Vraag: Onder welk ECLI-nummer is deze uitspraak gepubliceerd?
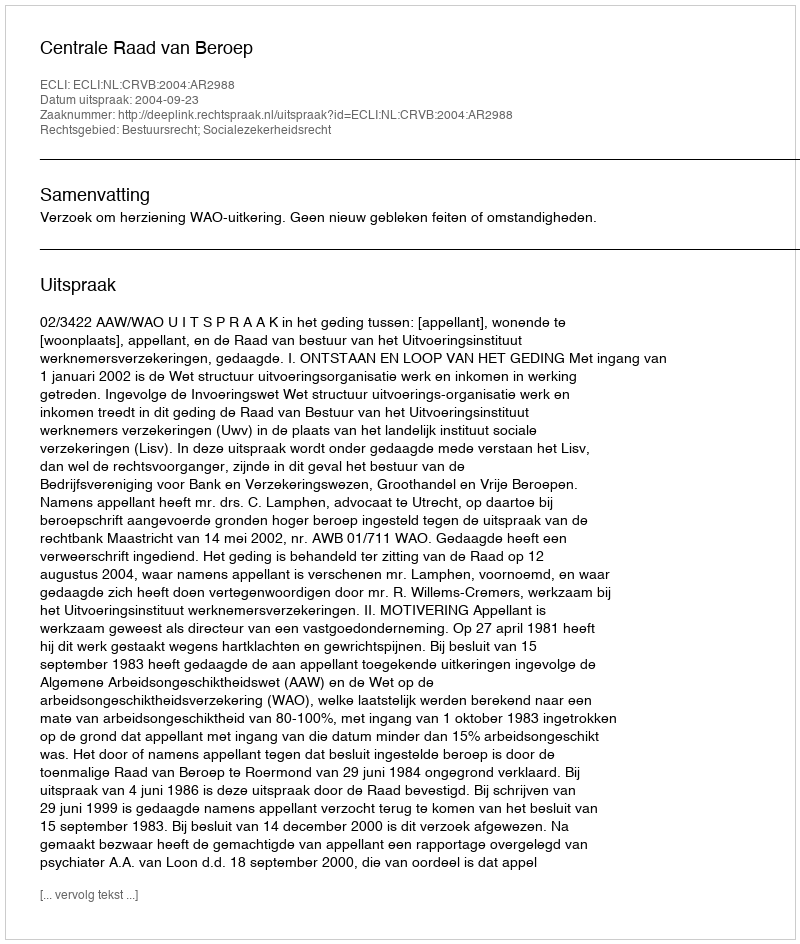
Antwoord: ECLI:NL:CRVB:2004:AR2988